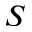
S